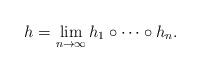
LaTeX: \begin{align*} h=\lim_{n\to\infty}h_1\circ\cdots \circ h_n. \end{align*}